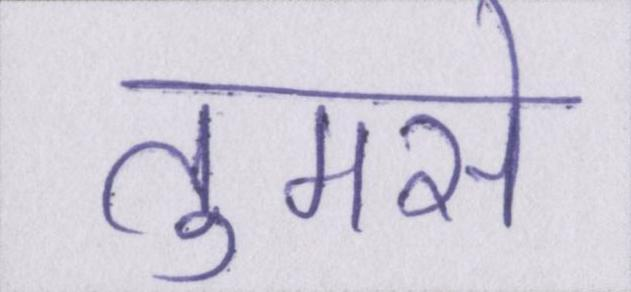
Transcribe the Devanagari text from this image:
तुमसे